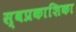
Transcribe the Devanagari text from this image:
स्वप्रकाशिका